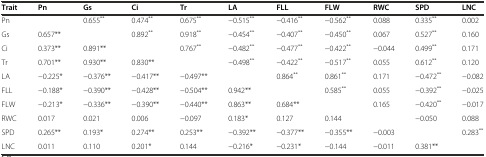
<table><thead><tr><td><b>Trait</b></td><td><b>Pn</b></td><td><b>Gs</b></td><td><b>Ci</b></td><td><b>Tr</b></td><td><b>LA</b></td><td><b>FLL</b></td><td><b>FLW</b></td><td><b>RWC</b></td><td><b>SPD</b></td><td><b>LNC</b></td></tr></thead><tbody><tr><td>Pn</td><td></td><td>0.655<sup>**</sup></td><td>0.474<sup>**</sup></td><td>0.675<sup>**</sup></td><td>−0.515<sup>**</sup></td><td>−0.416<sup>**</sup></td><td>−0.562<sup>**</sup></td><td>0.088</td><td>0.335<sup>**</sup></td><td>0.002</td></tr><tr><td>Gs</td><td>0.657**</td><td></td><td>0.892<sup>**</sup></td><td>0.918<sup>**</sup></td><td>−0.454<sup>**</sup></td><td>−0.407<sup>**</sup></td><td>−0.450<sup>**</sup></td><td>0.067</td><td>0.527<sup>**</sup></td><td>0.160</td></tr><tr><td>Ci</td><td>0.373**</td><td>0.891**</td><td></td><td>0.767<sup>**</sup></td><td>−0.482<sup>**</sup></td><td>−0.477<sup>**</sup></td><td>−0.422<sup>**</sup></td><td>−0.044</td><td>0.499<sup>**</sup></td><td>0.171</td></tr><tr><td>Tr</td><td>0.701**</td><td>0.930**</td><td>0.830**</td><td></td><td>−0.498<sup>**</sup></td><td>−0.422<sup>**</sup></td><td>−0.517<sup>**</sup></td><td>0.055</td><td>0.612<sup>**</sup></td><td>0.120</td></tr><tr><td>LA</td><td>−0.225*</td><td>−0.376**</td><td>−0.417**</td><td>−0.497**</td><td></td><td>0.864<sup>**</sup></td><td>0.861<sup>**</sup></td><td>0.171</td><td>−0.472<sup>**</sup></td><td>−0.082</td></tr><tr><td>FLL</td><td>−0.188*</td><td>−0.390**</td><td>−0.428**</td><td>−0.504**</td><td>0.942**</td><td></td><td>0.585<sup>**</sup></td><td>0.055</td><td>−0.392<sup>**</sup></td><td>−0.025</td></tr><tr><td>FLW</td><td>−0.213*</td><td>−0.336**</td><td>−0.390**</td><td>−0.440**</td><td>0.863**</td><td>0.684**</td><td></td><td>0.165</td><td>−0.420<sup>**</sup></td><td>−0.017</td></tr><tr><td>RWC</td><td>0.017</td><td>0.021</td><td>0.006</td><td>−0.097</td><td>0.183*</td><td>0.127</td><td>0.144</td><td></td><td>−0.050</td><td>0.088</td></tr><tr><td>SPD</td><td>0.265**</td><td>0.193*</td><td>0.274**</td><td>0.253**</td><td>−0.392**</td><td>−0.377**</td><td>−0.355**</td><td>−0.003</td><td></td><td>0.283<sup>**</sup></td></tr><tr><td>LNC</td><td>0.011</td><td>0.110</td><td>0.201*</td><td>0.144</td><td>−0.216*</td><td>−0.231*</td><td>−0.144</td><td>−0.011</td><td>0.381**</td><td></td></tr></tbody></table>